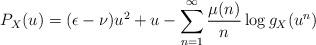
LaTeX: \begin{align*}P_X(u)=(\epsilon-\nu)u^2+u-\sum_{n=1}^\infty \dfrac{\mu(n)}{n}\log g_X(u^n) \end{align*}